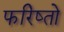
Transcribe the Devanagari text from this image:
फरिष्तो